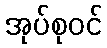
အုပ်စုဝင်